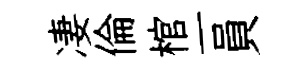
凄倫棺一員